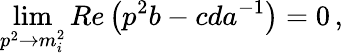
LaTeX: \operatorname*{lim}_{p^{2}\rightarrow m_{i}^{2}}Re\left(p^{2}b-cda^{-1}\right)=0\, ,